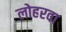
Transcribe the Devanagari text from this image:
लोहरवा